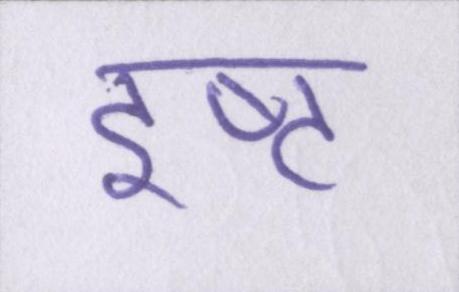
इष्ट